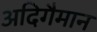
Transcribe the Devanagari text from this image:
अदिगैमान